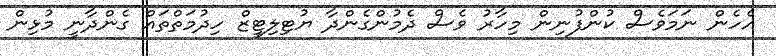
އެހެން ނަމަވެސް ކުންފުނިން މިހާރު ވެސް ދެމުންގެންދާ ޔުޓިލިޓީޒް ހިދުމަތްތައް ގެންދާނީ މުޅިން